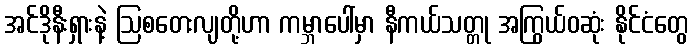
အင်ဒိုနီးရှားနဲ့ ဩစတေးလျတို့ဟာ ကမ္ဘာပေါ်မှာ နီကယ်သတ္တု အကြွယ်ဝဆုံး နိုင်ငံတွေ